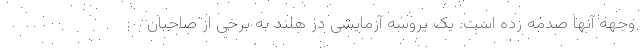
وجهه آنها صدمه زده است. یک پروسه آزمایشی در هلند به برخی از صاحبان